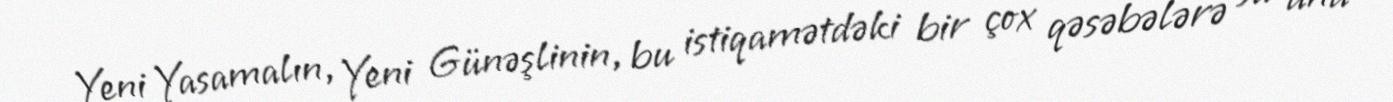
Yeni Yasamalın, Yeni Günəşlinin, bu istiqamətdəki bir çox qəsəbələrə su ana